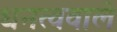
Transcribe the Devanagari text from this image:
धनत्ववाले